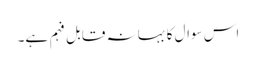
اس سوال کا بہانہ قابل فہم ہے۔